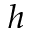
h